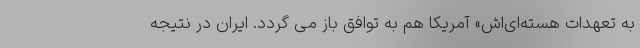
به تعهدات هسته‌ای‌اش» آمریکا هم به توافق باز می گردد. ایران در نتیجه